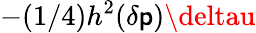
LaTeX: -(1/4)h^{2}(\delta\mathsf{p})\deltau